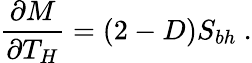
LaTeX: {\frac{\partial M}{\partial T_{H}}}=(2-D)S_{bh}\ .